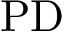
\mathrm { P D }